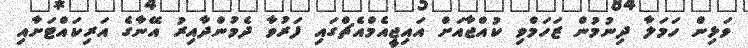
ވަޅިން ހަމަލާ ދިނުމުން ޒަހަމްވި ކުއްޖާއަށް އައިޖީއެމްއެޗްގައި ފަރުވާ ދެމުންދާއިރު އޭނާގެ އަރިކައްޓަށާއި